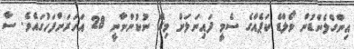
އިންގްލެންޑުން ވޯލްޑް ކަޕެއްގެ ސެމީ ފައިނަލަށް މިރޭ ނުކުންނާނީ 28 އަހަރަށްފަހުގައެވެ. ސާ